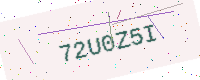
Text: 72U0Z5I